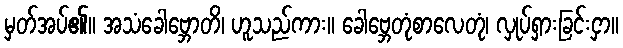
မှတ်အပ်၏။ အသံခေါဗ္ဘောတိ၊ ဟူသည်ကား။ ခေါဗ္ဘေတုံစာလေတုံ၊ လှုပ်ရှားခြင်းငှာ။